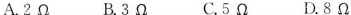
A.2Ω B.3Ω C.5Ω D.8Ω